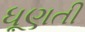
ધૂણતી